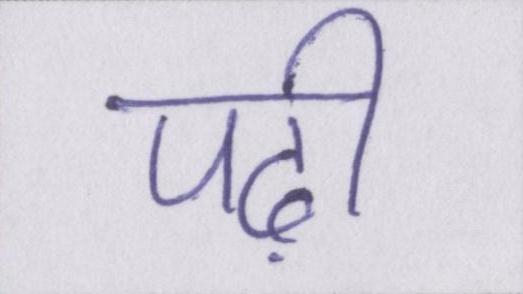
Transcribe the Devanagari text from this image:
पढ़ी